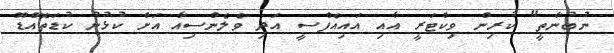
ނުބުނާތީ" ކުރިން ވިކްޓަރީ އާއި އައިއެފްސީ އަދި ވެލެންސިއާ އަށް ކުޅުނު ކުޑަތޮއްޑޫ